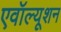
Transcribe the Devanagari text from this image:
एवॉल्यूशन